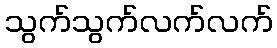
သွက်သွက်လက်လက်